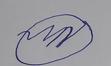
Signature authenticity: forged